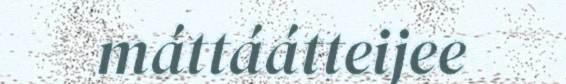
máttáátteijee